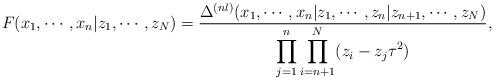
LaTeX: \begin{align*}F(x_1 , \cdots , x_n | z_1 , \cdots ,z_N )=\frac{\Delta ^{(n l)}(x_1 , \cdots , x_n | z_1 , \cdots , z_n | z_{n+1}, \cdots , z_N )} {\displaystyle\prod_{j=1}^{n}\prod_{i=n+1}^{N} (z_i -z_j \tau ^2 )},\end{align*}